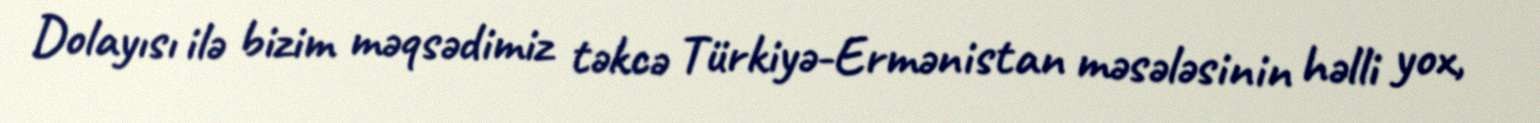
Dolayısı ilə bizim məqsədimiz təkcə Türkiyə-Ermənistan məsələsinin həlli yox,